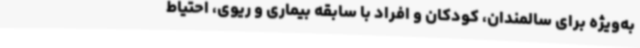
به‌ویژه برای سالمندان، کودکان و افراد با سابقه بیماری و ریوی، احتیاط